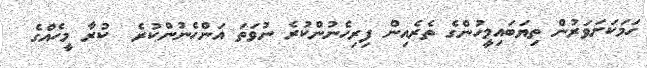
ހަމަކަށަވަރުން ތިޔަބައިމީހުންގެ ތެރެއިން ފިރިހެނުންކުރެ ނުވަތަ އަންހެނުންކުރެ  ކުރާ މީހެއްގެ